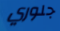
جلوري